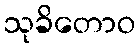
သုခိတောဝ